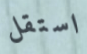
استقل